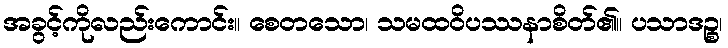
အခွင့်ကိုလည်းကောင်း။ စေတသော၊ သမထဝိပဿနာစိတ်၏။ ပသာဒဉ္စ၊